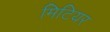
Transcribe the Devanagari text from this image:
मिटियर